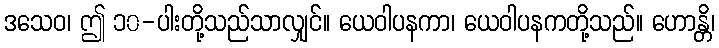
ဒသေဝ၊ ဤ ၁၀-ပါးတို့သည်သာလျှင်။ ယေဝါပနကာ၊ ယေဝါပနကတို့သည်။ ဟောန္တိ၊